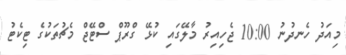
މިއަދު ހެނދުނު 10:00 ޖެހިއިރު މާލޭގައި ކުޅޭ ގްރޫޕް ސްޓޭޖް މެޗުތަކުގެ ޓިކެޓު